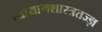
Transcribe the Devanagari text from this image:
व्यायामशास्त्रतज्ज्ञ